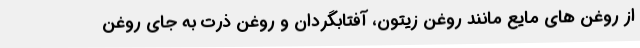
از روغن های مایع مانند روغن زیتون، آفتابگردان و روغن ذرت به جای روغن